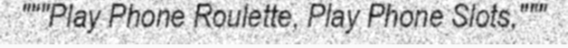
"""Play Phone Roulette, Play Phone Slots,"""